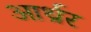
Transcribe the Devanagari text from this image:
आर्थ्रर